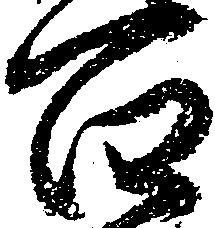
百